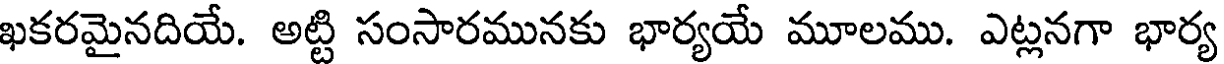
ఖకరమైనదియే. అట్టి సంసారమునకు భార్యయే మూలము. ఎట్లనగా భార్య